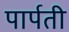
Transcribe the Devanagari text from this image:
पार्पती